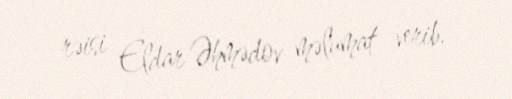
rəisi Eldar Əhmədov məlumat verib.